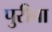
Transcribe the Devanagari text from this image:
पुरीचा